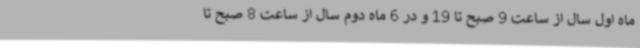
ماه اول سال از ساعت 9 صبح تا 19 و در 6 ماه دوم سال از ساعت 8 صبح تا